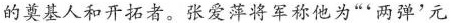
的奠基人和开拓者。张爱萍将军称他为”'两弹'元